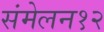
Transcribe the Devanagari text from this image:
संमेलन१२